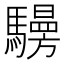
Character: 𩦧